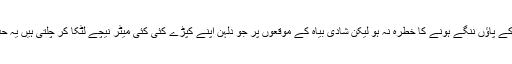
عورتوں کو ایک بالشت اور زیادہ سے زیادہ ایک ہاتھ برابر کپڑا لٹکانے کی اجازت ہے تاکہ ان کے پاؤں ننگے ہونے کا خطرہ نہ ہو لیکن شادی بیاہ کے موقعوں پر جو دلہن اپنے کپڑے کئی کئی میٹر نیچے لٹکا کر چلتی ہیں یہ حد سے زیادہ لٹکانا نا جائز ہے کیونکہ اس میں اسراف بھی ہے اور غیر مسلموں کی مشابہت بھی۔